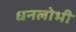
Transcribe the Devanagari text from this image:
धनलोभी